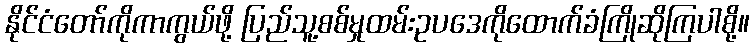
နိုင်ငံတော်ကိုကာကွယ်ဖို့ ပြည်သူ့စစ်မှုထမ်းဥပဒေကိုထောက်ခံကြိုဆိုကြပါစို့။